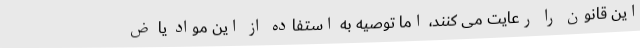
این قانون را رعایت می کنند، اما توصیه به استفاده از این مواد یا ض